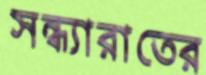
সন্ধ্যারাতের